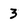
Character: 3